Vaccination North-Western Provinces and Oudh 1878-1895 - 1878-1895
Year: 1878
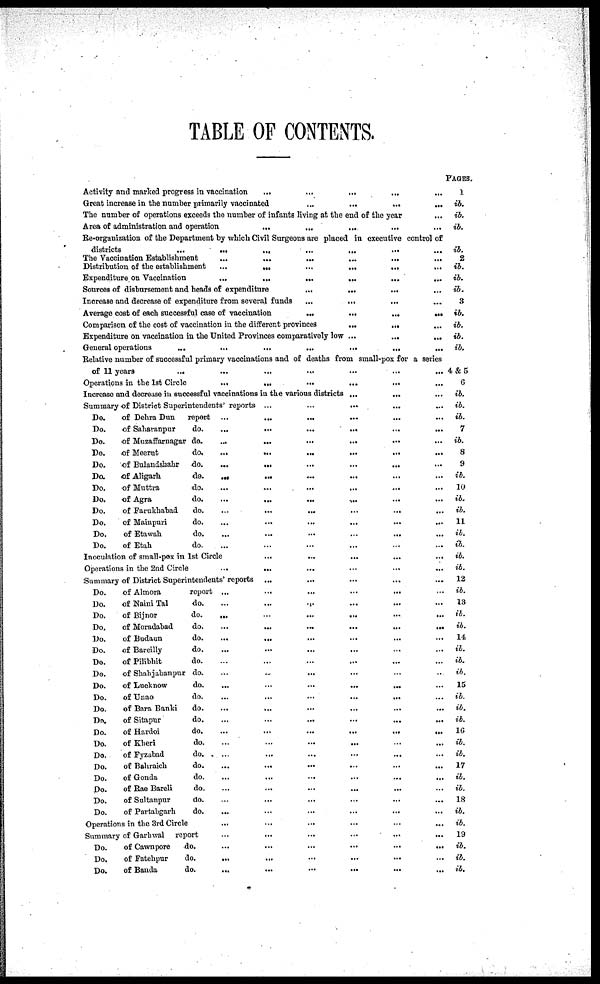
TABLE OF CONTENTS.
Activity and marked progress in vaccination
...
...
...
...
...
Great increase in the number primarily vaccinated
...
...
...
...
The number of operations exceeds the number of infants living at the end of the year ...
Area of administration and operation
...
...
...
...
...
Re-organization of the Department by which Civil Surgeons are placed in executive control of
districts
...
...
...
...
...
...
The Vaccination Establishment
...
...
...
...
...
...
Distribution of the establishment
...
...
...
...
...
...
Expenditure on Vaccination
...
...
...
...
...
...
Sources of disbursement and heads of expenditure
...
...
...
...
Increase and decrease of expenditure from several funds
...
...
...
...
Average cost of each successful case of vaccination
...
...
...
...
Comparison of the cost of vaccination in the different provinces
...
...
...
Expenditure on vaccination in the United Provinces comparatively low
...
...
...
General operations
...
...
...
...
...
...
...
Relative number of successful primary vaccinations and of deaths from small-pox for a series
of 11 years
...
...
...
...
...
...
...
Operations in the 1st Circle
...
...
...
...
...
...
Increase and decrease in successful vaccinations in the various districts
...
...
...
Summary of District Superintendents reports
...
...
...
...
...
Do.
of Dehra Dun
report
...
...
...
...
...
...
...
Do.
of Saharanpur
do.
...
...
...
...
...
...
...
Do.
of Muzaffarnagar do. ... ... ... ... ... ... ...
Do.
of Meerut
do. ... ... ... ... ... ... ...
Do.
of Bulandshahr
do. ... ... ... ... ... ... ...
Da
of Aligarh
do. ... ... ... ... ... ... ...
Do.
of Muttra
do. ... ... ... ... ... ... ...
Do.
of Agra
do.
...
...
...
...
...
...
...
Do.
of Farukhabad
do.
...
...
...
...
...
...
...
Do.
of Mainpuri
do. ... ... ... ... ... ... ...
Do.
of Etawah
do. ... ... ... ... ... ... ...
Do.
of Etah
do. ... ... ... ... ... ... ...
Inoculation of small-pox in 1st Circle
...
...
...
...
...
Operations in the 2nd Circle ... ... ... ... ... ...
Summary of District Superintendents' reports ... ... ... ... ...
Do.
of Almora
report ... ... ... ... ... ...
Do.
of Naini Tal
do. ... ... ... ... ... ...
Do.
of Bijnor
do.
...
...
...
...
...
...
Do.
of Moradabad
do.
...
...
...
...
...
...
Do.
of Budaun
do. ... ... ... ... ... ...
Do.
of Bareilly
do. ... ... ... ... ... ...
Do.
of Pilibhit
do. ... ... ... ... ... ...
Do.
of Shahjahanpur do. ... ... ... ... ... ...
Do.
of Lucknow
do.
...
...
...
...
...
...
Do.
of Unao
do.
...
...
...
...
...
...
Do.
of Bara Banki
do. ... ... ... ... ... ...
Do.
of Sitapur
do. ... ... ... ... ... ...
Do.
of Hardoi
do.
...
...
...
...
...
...
Do.
of Kheri
do. ... ... ... ... ... ...
Do.
of Fyzabad
do. ... ... ... ... ... ...
Do.
of Bahraich
do.
...
...
...
...
...
...
Do.
of Gonda
do. ... ... ... ... ... ...
Do.
of Rae Bareli
do. ... ... ... ... ... ...
Do.
of Sultanpur
do. ... ... ... ... ... ...
Do.
of Partabgarh
do. ... ... ... ... ... ...
Operations in the 3rd Circle ... ... ... ... ... ...
Summary of Garhwal report ... ... ... ... ... ...
Do.
of Cawnpore
do.
...
...
...
...
...
...
Do.
of Fatehpur
do. ... ... ... ... ... ...
Do.
of Banda
do. ... ... ... ... ... ...
PAGES.
1
ib.
ib.
ib.
ib.
2
ib.
ib.
ib.
3
ib.
ib.
ib.
ib.
4&5
6
ib.
ib.
ib.
7
ib.
8
9
ib.
10
ib.
ib.
11
ib.
ib.
ib.
ib.
12
ib.
13
ib.
ib.
14
ib.
ib.
ib.
15
ib.
ib.
ib.
16
ib.
ib.
17
ib.
ib.
18
ib.
ib.
19
ib.
ib.
ib.